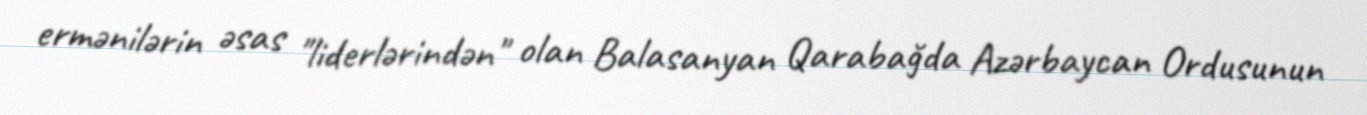
ermənilərin əsas "liderlərindən" olan Balasanyan Qarabağda Azərbaycan Ordusunun